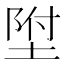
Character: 𡍃